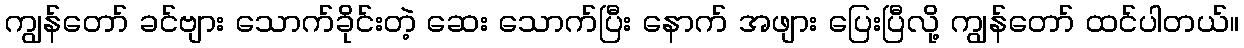
ကျွန်တော် ခင်ဗျား သောက်ခိုင်းတဲ့ ဆေး သောက်ပြီး နောက် အဖျား ပြေးပြီလို့ ကျွန်တော် ထင်ပါတယ်။